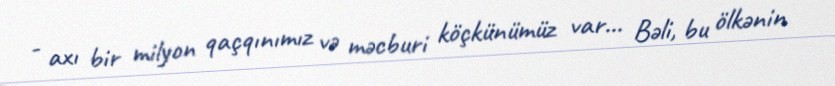
- axı bir milyon qaçqınımız və məcburi köçkünümüz var... Bəli, bu ölkənin